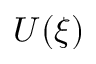
U ( \xi )